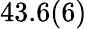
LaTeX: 43.6(6)